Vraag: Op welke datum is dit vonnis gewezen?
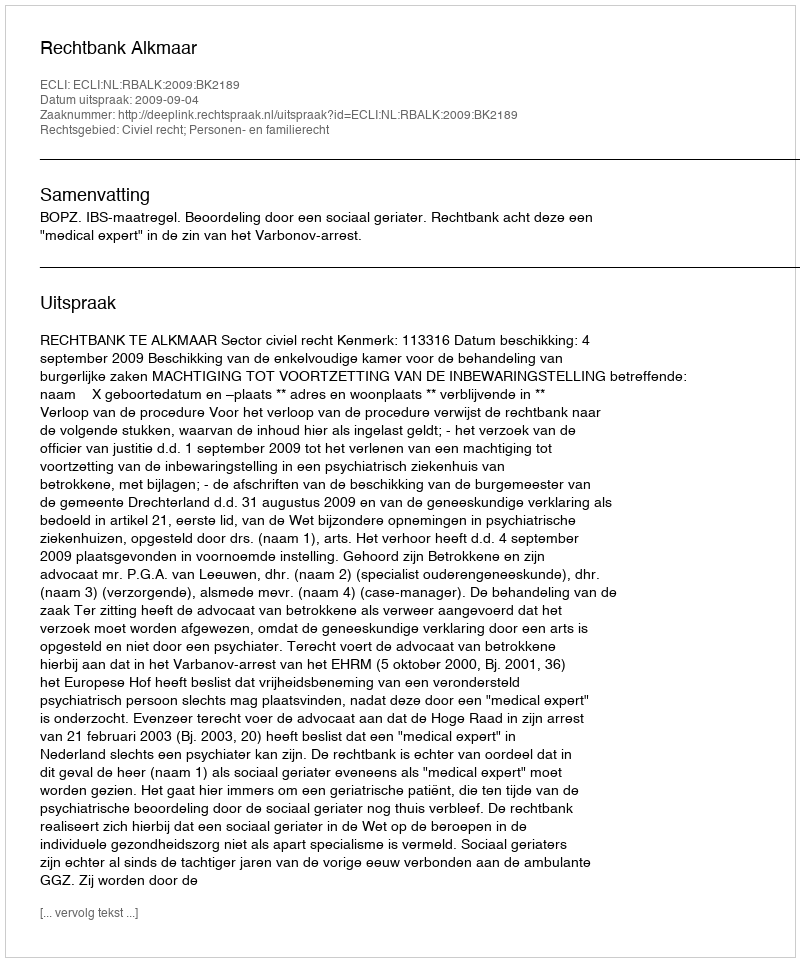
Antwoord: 2009-09-04